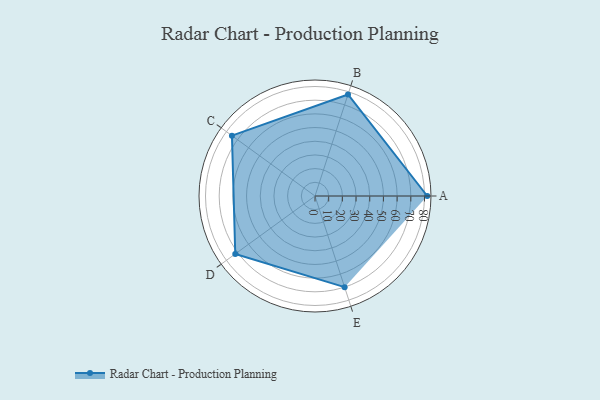
{"axis": {"x": "Skill", "y": "Score"}, "legend": ["Profile"], "data": [{"x": "A", "y": 82.0, "type": "Profile"}, {"x": "B", "y": 78.0, "type": "Profile"}, {"x": "C", "y": 75.0, "type": "Profile"}, {"x": "D", "y": 72.0, "type": "Profile"}, {"x": "E", "y": 70.0, "type": "Profile"}]}